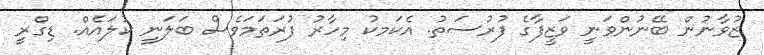
ޒުވާނުން ބޭނުންވަނީ ވަޒީފާގެ ފުރުސަތު. އެކަމކު މިހާރު ފުރަތަމަވެސް ބަލަނީ ކުލައެއް. ޑިގްރީ